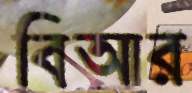
বিআর